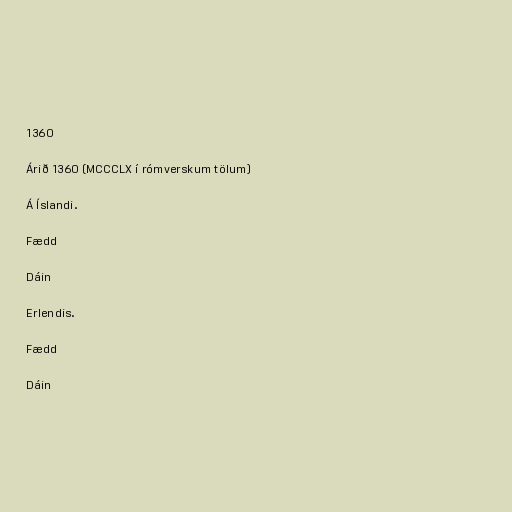
1360

Árið 1360 (MCCCLX í rómverskum tölum)

Á Íslandi.

Fædd

Dáin

Erlendis.

Fædd

Dáin